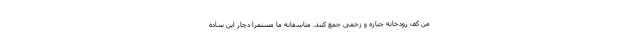
من کف رودخانه جنازه و زخمی جمع کنند. متاسفانه ما مستمرا دچار این ساده